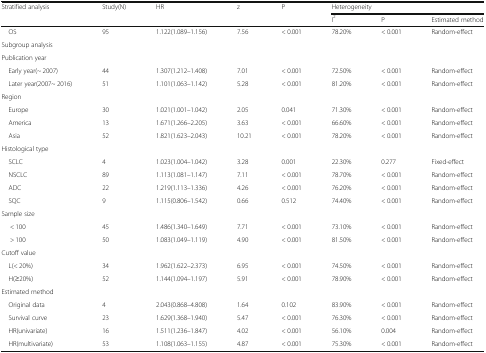
<table><thead><tr><td rowspan="2"><b>Stratified analysis</b></td><td rowspan="2"><b>Study(N)</b></td><td rowspan="2"><b>HR</b></td><td rowspan="2"><b>z</b></td><td rowspan="2"><b>P</b></td><td colspan="3"><b>Heterogeneity</b></td></tr><tr><td><b>I<sup>2</sup></b></td><td><b>P</b></td><td><b>Estimated method</b></td></tr></thead><tbody><tr><td> OS</td><td>95</td><td>1.122(1.089–1.156)</td><td>7.56</td><td>&lt; 0.001</td><td>78.20%</td><td>&lt; 0.001</td><td>Random-effect</td></tr><tr><td colspan="8">Subgroup analysis</td></tr><tr><td colspan="8">Publication year</td></tr><tr><td> Early year(~ 2007)</td><td>44</td><td>1.307(1.212–1.408)</td><td>7.01</td><td>&lt; 0.001</td><td>72.50%</td><td>&lt; 0.001</td><td>Random-effect</td></tr><tr><td> Later year(2007~ 2016)</td><td>51</td><td>1.101(1.063–1.142)</td><td>5.28</td><td>&lt; 0.001</td><td>81.20%</td><td>&lt; 0.001</td><td>Random-effect</td></tr><tr><td colspan="8">Region</td></tr><tr><td> Europe</td><td>30</td><td>1.021(1.001–1.042)</td><td>2.05</td><td>0.041</td><td>71.30%</td><td>&lt; 0.001</td><td>Random-effect</td></tr><tr><td> America</td><td>13</td><td>1.671(1.266–2.205)</td><td>3.63</td><td>&lt; 0.001</td><td>66.60%</td><td>&lt; 0.001</td><td>Random-effect</td></tr><tr><td> Asia</td><td>52</td><td>1.821(1.623–2.043)</td><td>10.21</td><td>&lt; 0.001</td><td>78.20%</td><td>&lt; 0.001</td><td>Random-effect</td></tr><tr><td colspan="8">Histological type</td></tr><tr><td> SCLC</td><td>4</td><td>1.023(1.004–1.042)</td><td>3.28</td><td>0.001</td><td>22.30%</td><td>0.277</td><td>Fixed-effect</td></tr><tr><td> NSCLC</td><td>89</td><td>1.113(1.081–1.147)</td><td>7.11</td><td>&lt; 0.001</td><td>78.70%</td><td>&lt; 0.001</td><td>Random-effect</td></tr><tr><td> ADC</td><td>22</td><td>1.219(1.113–1.336)</td><td>4.26</td><td>&lt; 0.001</td><td>76.20%</td><td>&lt; 0.001</td><td>Random-effect</td></tr><tr><td> SQC</td><td>9</td><td>1.115(0.806–1.542)</td><td>0.66</td><td>0.512</td><td>74.40%</td><td>&lt; 0.001</td><td>Random-effect</td></tr><tr><td colspan="8">Sample size</td></tr><tr><td>&lt; 100</td><td>45</td><td>1.486(1.340–1.649)</td><td>7.71</td><td>&lt; 0.001</td><td>73.10%</td><td>&lt; 0.001</td><td>Random-effect</td></tr><tr><td>&gt; 100</td><td>50</td><td>1.083(1.049–1.119)</td><td>4.90</td><td>&lt; 0.001</td><td>81.50%</td><td>&lt; 0.001</td><td>Random-effect</td></tr><tr><td colspan="8">Cutoff value</td></tr><tr><td> L(&lt; 20%)</td><td>34</td><td>1.962(1.622–2.373)</td><td>6.95</td><td>&lt; 0.001</td><td>74.50%</td><td>&lt; 0.001</td><td>Random-effect</td></tr><tr><td> H(≥20%)</td><td>52</td><td>1.144(1.094–1.197)</td><td>5.91</td><td>&lt; 0.001</td><td>78.90%</td><td>&lt; 0.001</td><td>Random-effect</td></tr><tr><td colspan="8">Estimated method</td></tr><tr><td> Original data</td><td>4</td><td>2.043(0.868–4.808)</td><td>1.64</td><td>0.102</td><td>83.90%</td><td>&lt; 0.001</td><td>Random-effect</td></tr><tr><td> Survival curve</td><td>23</td><td>1.629(1.368–1.940)</td><td>5.47</td><td>&lt; 0.001</td><td>76.30%</td><td>&lt; 0.001</td><td>Random-effect</td></tr><tr><td> HR(univariate)</td><td>16</td><td>1.511(1.236–1.847)</td><td>4.02</td><td>&lt; 0.001</td><td>56.10%</td><td>0.004</td><td>Random-effect</td></tr><tr><td> HR(multivariate)</td><td>53</td><td>1.108(1.063–1.155)</td><td>4.87</td><td>&lt; 0.001</td><td>75.30%</td><td>&lt; 0.001</td><td>Random-effect</td></tr></tbody></table>